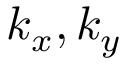
k _ { x } , k _ { y }